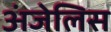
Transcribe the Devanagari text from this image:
अंजेलिस